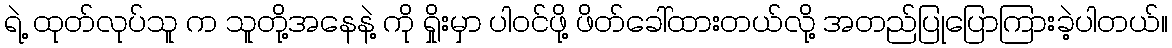
ရဲ့ ထုတ်လုပ်သူ က သူတို့အနေနဲ့ ကို ရှိုးမှာ ပါဝင်ဖို့ ဖိတ်ခေါ်ထားတယ်လို့ အတည်ပြုပြောကြားခဲ့ပါတယ်။